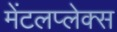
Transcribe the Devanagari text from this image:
मेंटलप्लेक्स